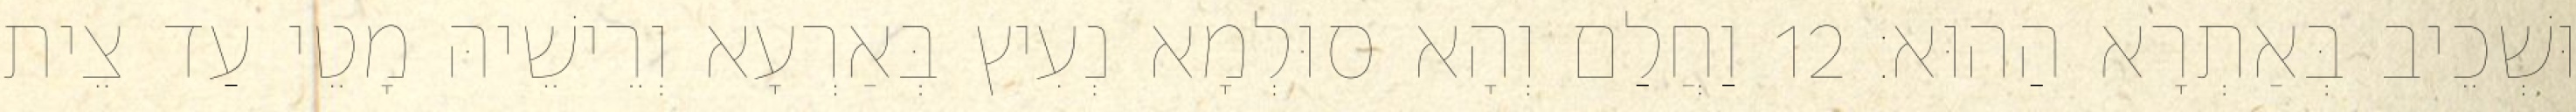
וּשְׁכֵיב בְּאַתְרָא הַהוּא׃ 12 וַחֲלַם וְהָא סוּלְמָא נְעִיץ בְּאַרְעָא וְרֵישֵׁיהּ מָטֵי עַד צֵית